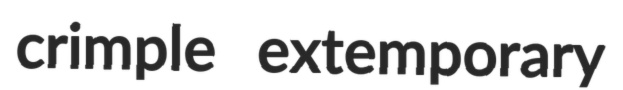
crimple extemporary